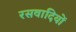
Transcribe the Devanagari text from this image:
रसवादियों